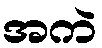
အကဲ